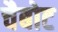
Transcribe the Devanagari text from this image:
चैबोट